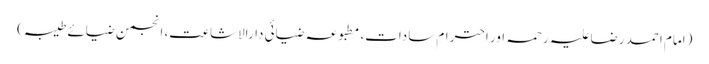
(امام احمد رضا علیہ رحمہ اور احترامِ سادات، مطبوعہ ضیائی دارالاشاعت، انجمن ضیائے طیبہ)